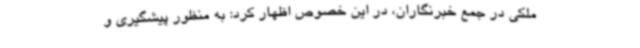
ملکی در جمع خبرنگاران، در این خصوص اظهار کرد: به منظور پیشگیری و